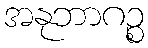
အနုဘာဂဉ္စ